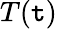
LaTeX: T(\mathtt{t})